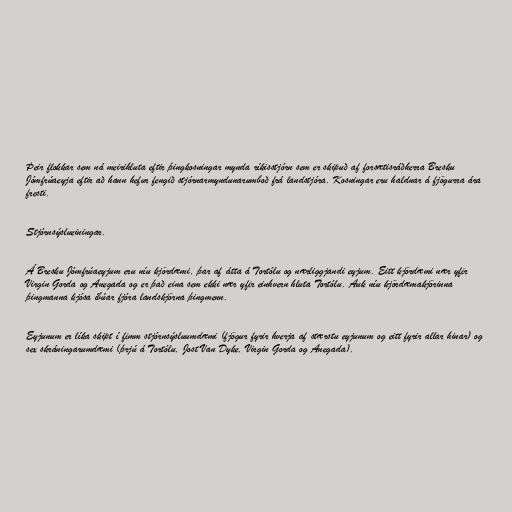
Þeir flokkar sem ná meirihluta eftir þingkosningar mynda ríkisstjórn sem er skipuð af forsætisráðherra Bresku
Jómfrúaeyja eftir að hann hefur fengið stjórnarmyndunarumboð frá landstjóra. Kosningar eru haldnar á fjögurra ára
fresti.

Stjórnsýslueiningar.

Á Bresku Jómfrúaeyjum eru níu kjördæmi, þar af átta á Tortólu og nærliggjandi eyjum. Eitt kjördæmi nær yfir
Virgin Gorda og Anegada og er það eina sem ekki nær yfir einhvern hluta Tortólu. Auk níu kjördæmakjörinna
þingmanna kjósa íbúar fjóra landskjörna þingmenn.

Eyjunum er líka skipt í fimm stjórnsýsluumdæmi (fjögur fyrir hverja af stærstu eyjunum og eitt fyrir allar hinar) og
sex skráningarumdæmi (þrjú á Tortólu, Jost Van Dyke, Virgin Gorda og Anegada).